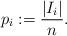
LaTeX: \begin{align*}p_i := \frac{|I_i|}{n}. \end{align*}